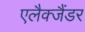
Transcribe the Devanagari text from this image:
एलैक्जैंडर